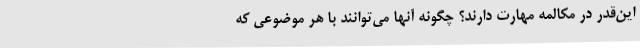
این‌قدر در مکالمه مهارت دارند؟ چگونه آنها می‌توانند با هر موضوعی که